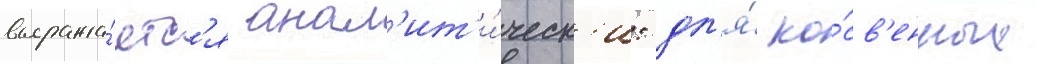
выража́етс'я анал'ит'и́ческ'и: дл'я́ ко́св'енных